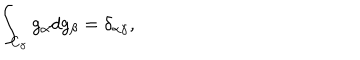
\int _ { C _ { \gamma } } g _ { \alpha } d g _ { \beta } = \delta _ { \alpha \gamma } ,